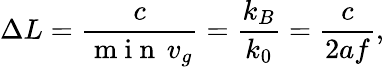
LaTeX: \Delta L=\frac{c}{\mathrm{~m~i~n~}\, v_{g}}=\frac{k_{B}}{k_{0}}=\frac{c}{2af},